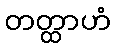
တတ္ထာဟံ